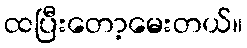
ထပြီးတော့မေးတယ်။